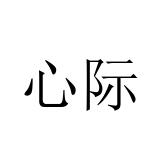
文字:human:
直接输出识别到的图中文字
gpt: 心际